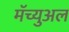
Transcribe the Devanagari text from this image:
मॅच्युअल